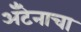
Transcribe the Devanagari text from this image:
अँटेनाचा